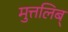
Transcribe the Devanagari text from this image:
मुत्तलिब्